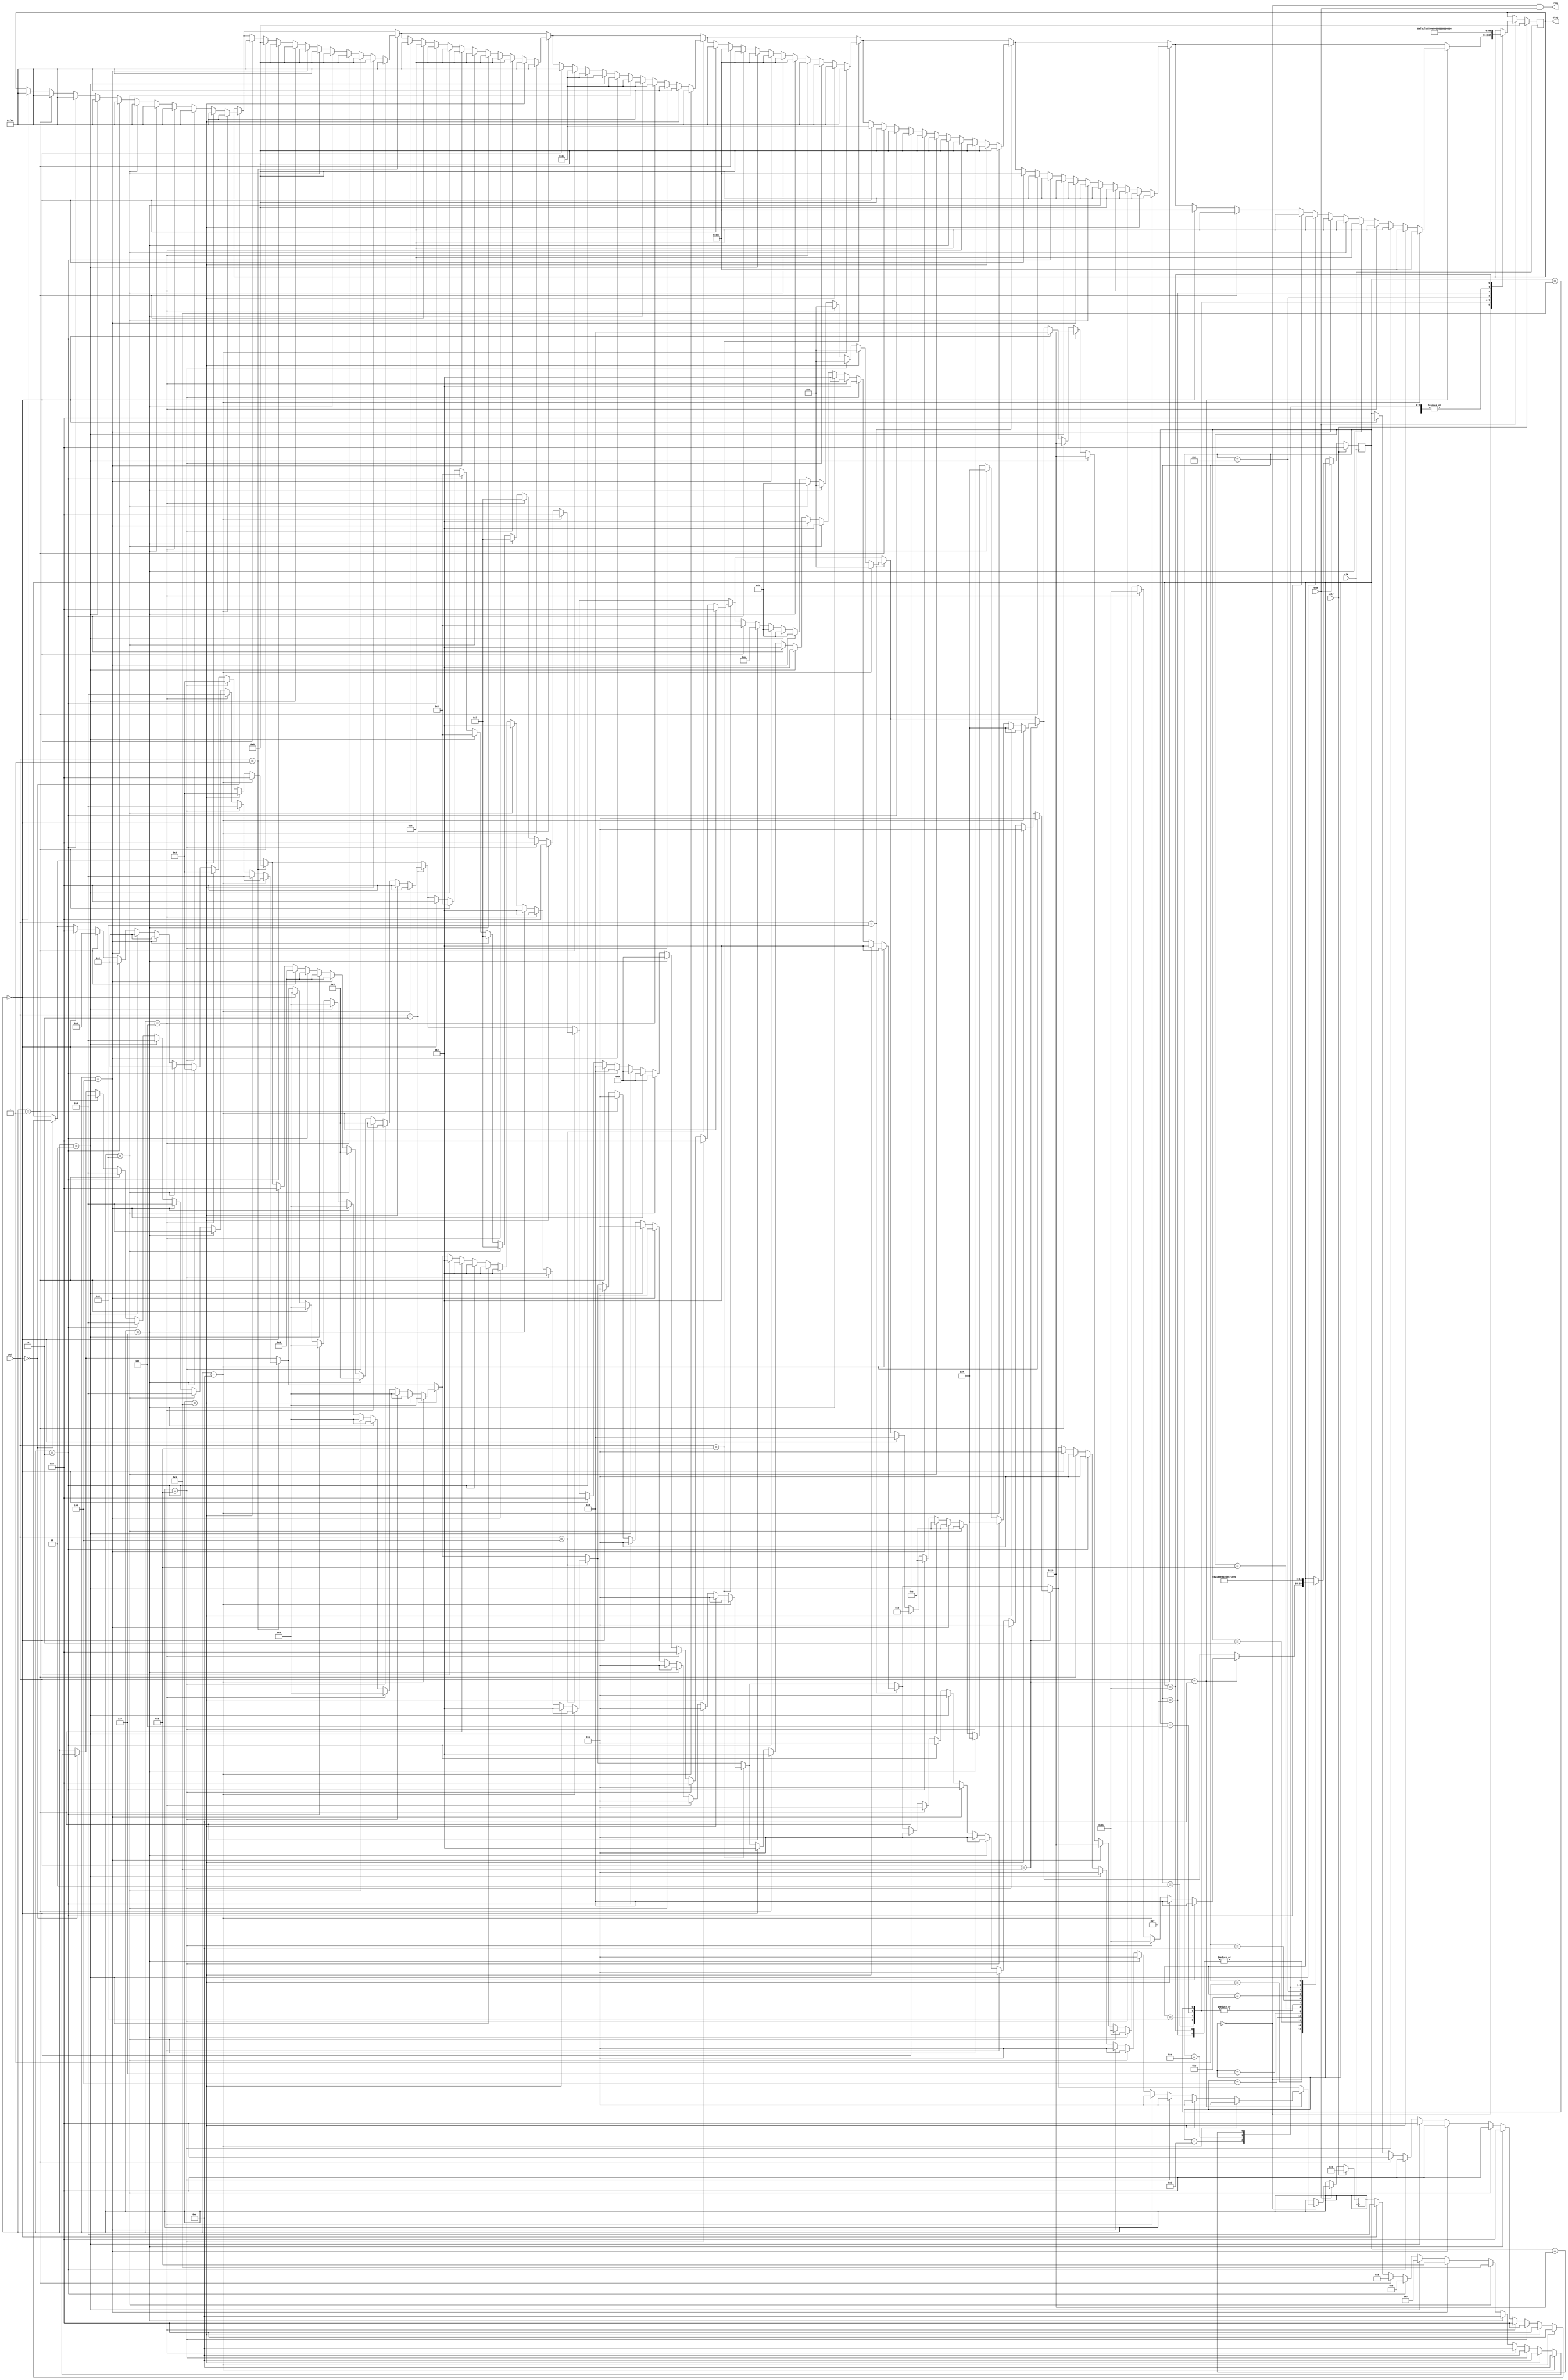
// (C) 2001-2016 Altera Corporation. All rights reserved.
// Your use of Altera Corporation's design tools, logic functions and other 
// software and tools, and its AMPP partner logic functions, and any output 
// files any of the foregoing (including device programming or simulation 
// files), and any associated documentation or information are expressly subject 
// to the terms and conditions of the Altera Program License Subscription 
// Agreement, Altera MegaCore Function License Agreement, or other applicable 
// license agreement, including, without limitation, that your use is for the 
// sole purpose of programming logic devices manufactured by Altera and sold by 
// Altera or its authorized distributors.  Please refer to the applicable 
// agreement for further details.


// $Id: $
// $Revision: $
// $Date: $
// $Author: $
//-----------------------------------------------------------------------------

// Copyright 2012 Altera Corporation. All rights reserved.  
// Altera products are protected under numerous U.S. and foreign patents, 
// maskwork rights, copyrights and other intellectual property laws.  
//
// This reference design file, and your use thereof, is subject to and governed
// by the terms and conditions of the applicable Altera Reference Design 
// License Agreement (either as signed by you or found at www.altera.com).  By
// using this reference design file, you indicate your acceptance of such terms
// and conditions between you and Altera Corporation.  In the event that you do
// not agree with such terms and conditions, you may not use the reference 
// design file and please promptly destroy any copies you have made.
//
// This reference design file is being provided on an "as-is" basis and as an 
// accommodation and therefore all warranties, representations or guarantees of 
// any kind (whether express, implied or statutory) including, without 
// limitation, warranties of merchantability, non-infringement, or fitness for
// a particular purpose, are specifically disclaimed.  By making this reference
// design file available, Altera expressly does not recommend, suggest or 
// require that this reference design file be used in combination with any 
// other product not provided by Altera.
/////////////////////////////////////////////////////////////////////////////

`timescale 1ps / 1ps
// baeckler - 09-25-2012

// insert holes into the data stream as necessary to separate SOPs
// by at least 10 words, to make room for 8 word packet, 1 gap, 1 preamble 

// data tags only appear in their corresponding position, and should cycle
// 32103210... with holes when working properly

module ectrl_frac_4 (
	input clk,
	input sclr,
        input ena,
	output req,
	input [3:0] pat,
	output reg [4*3-1:0] otag // 111,110,101,100 data   000 hole
);

localparam s_base = 5'h0,
    s_g_g_0123 = 5'h1,
    s_g_0123 = 5'h2,
    s_0123 = 5'h3,
    s_g_g123 = 5'h4,
    s_g123 = 5'h5,
    s_g_g23 = 5'h6,
    s_g23 = 5'h7,
    s_g_g3 = 5'h8,
    s_g3 = 5'h9,
    s_g_g_01g_g_g23 = 5'ha,
    s_g_01g_g_g23 = 5'hb,
    s_01g_g_g23 = 5'hc,
    s_g_g_012g_g_g3 = 5'hd,
    s_g_012g_g_g3 = 5'he,
    s_012g_g_g3 = 5'hf,
    s_g_g12g_g_g3 = 5'h10,
    s_g12g_g_g3 = 5'h11;

localparam 
	o_0123 = 12'b111_110_101_100,
	o_g = 12'b000_000_000_000,
	o_0g = 12'b000_000_000_100,
	o_01g = 12'b000_000_101_100,
	o_012g = 12'b000_110_101_100,
	o_g123 = 12'b111_110_101_000,
	o_g23 = 12'b111_110_000_000,
	o_g3 = 12'b111_000_000_000,
	o_g12g = 12'b000_110_101_000;	
	
initial otag = o_g;
	
reg [3:0] hist = 0;
reg [4:0] st = s_base;

always @(posedge clk) begin
	if (sclr) begin
		hist <= 4'h0; 
		st <= s_base;
		otag <= o_g;
	end
	else begin
           if (ena) begin
		case (st)
			s_base : begin

				if (pat == 4'h0) begin
					if (hist == 4'h0) begin otag <= o_0123; st <= s_base; hist <= 4'h4; end
					if (hist == 4'h1) begin otag <= o_0123; st <= s_base; hist <= 4'h5; end
					if (hist == 4'h2) begin otag <= o_0123; st <= s_base; hist <= 4'h6; end
					if (hist == 4'h3) begin otag <= o_0123; st <= s_base; hist <= 4'h7; end
					if (hist == 4'h4) begin otag <= o_0123; st <= s_base; hist <= 4'h8; end
					if (hist == 4'h5) begin otag <= o_0123; st <= s_base; hist <= 4'h9; end
					if (hist == 4'h6) begin otag <= o_0123; st <= s_base; hist <= 4'ha; end
					if (hist == 4'h7) begin otag <= o_0123; st <= s_base; hist <= 4'ha; end
					if (hist == 4'h8) begin otag <= o_0123; st <= s_base; hist <= 4'ha; end
					if (hist == 4'h9) begin otag <= o_0123; st <= s_base; hist <= 4'ha; end
					if (hist == 4'ha) begin otag <= o_0123; st <= s_base; hist <= 4'ha; end
				end

				if (pat == 4'h1) begin
					if (hist == 4'h0) begin otag <= o_0123; st <= s_base; hist <= 4'h4; end
					if (hist == 4'h1) begin otag <= o_g; st <= s_g_g_0123; hist <= 4'h4; end
					if (hist == 4'h2) begin otag <= o_g; st <= s_g_0123; hist <= 4'h4; end
					if (hist == 4'h3) begin otag <= o_g; st <= s_g_0123; hist <= 4'h4; end
					if (hist == 4'h4) begin otag <= o_g; st <= s_g_0123; hist <= 4'h4; end
					if (hist == 4'h5) begin otag <= o_g; st <= s_g_0123; hist <= 4'h4; end
					if (hist == 4'h6) begin otag <= o_g; st <= s_0123; hist <= 4'h4; end
					if (hist == 4'h7) begin otag <= o_g; st <= s_0123; hist <= 4'h4; end
					if (hist == 4'h8) begin otag <= o_g; st <= s_0123; hist <= 4'h4; end
					if (hist == 4'h9) begin otag <= o_g; st <= s_0123; hist <= 4'h4; end
					if (hist == 4'ha) begin otag <= o_0123; st <= s_base; hist <= 4'h4; end
				end

				if (pat == 4'h2) begin
					if (hist == 4'h0) begin otag <= o_0123; st <= s_base; hist <= 4'h3; end
					if (hist == 4'h1) begin otag <= o_0g; st <= s_g_g123; hist <= 4'h3; end
					if (hist == 4'h2) begin otag <= o_0g; st <= s_g_g123; hist <= 4'h3; end
					if (hist == 4'h3) begin otag <= o_0g; st <= s_g_g123; hist <= 4'h3; end
					if (hist == 4'h4) begin otag <= o_0g; st <= s_g_g123; hist <= 4'h3; end
					if (hist == 4'h5) begin otag <= o_0g; st <= s_g123; hist <= 4'h3; end
					if (hist == 4'h6) begin otag <= o_0g; st <= s_g123; hist <= 4'h3; end
					if (hist == 4'h7) begin otag <= o_0g; st <= s_g123; hist <= 4'h3; end
					if (hist == 4'h8) begin otag <= o_0g; st <= s_g123; hist <= 4'h3; end
					if (hist == 4'h9) begin otag <= o_0123; st <= s_base; hist <= 4'h3; end
					if (hist == 4'ha) begin otag <= o_0123; st <= s_base; hist <= 4'h3; end
				end

				if (pat == 4'h4) begin
					if (hist == 4'h0) begin otag <= o_0123; st <= s_base; hist <= 4'h2; end
					if (hist == 4'h1) begin otag <= o_01g; st <= s_g_g23; hist <= 4'h2; end
					if (hist == 4'h2) begin otag <= o_01g; st <= s_g_g23; hist <= 4'h2; end
					if (hist == 4'h3) begin otag <= o_01g; st <= s_g_g23; hist <= 4'h2; end
					if (hist == 4'h4) begin otag <= o_01g; st <= s_g23; hist <= 4'h2; end
					if (hist == 4'h5) begin otag <= o_01g; st <= s_g23; hist <= 4'h2; end
					if (hist == 4'h6) begin otag <= o_01g; st <= s_g23; hist <= 4'h2; end
					if (hist == 4'h7) begin otag <= o_01g; st <= s_g23; hist <= 4'h2; end
					if (hist == 4'h8) begin otag <= o_0123; st <= s_base; hist <= 4'h2; end
					if (hist == 4'h9) begin otag <= o_0123; st <= s_base; hist <= 4'h2; end
					if (hist == 4'ha) begin otag <= o_0123; st <= s_base; hist <= 4'h2; end
				end

				if (pat == 4'h8) begin
					if (hist == 4'h0) begin otag <= o_0123; st <= s_base; hist <= 4'h1; end
					if (hist == 4'h1) begin otag <= o_012g; st <= s_g_g3; hist <= 4'h1; end
					if (hist == 4'h2) begin otag <= o_012g; st <= s_g_g3; hist <= 4'h1; end
					if (hist == 4'h3) begin otag <= o_012g; st <= s_g3; hist <= 4'h1; end
					if (hist == 4'h4) begin otag <= o_012g; st <= s_g3; hist <= 4'h1; end
					if (hist == 4'h5) begin otag <= o_012g; st <= s_g3; hist <= 4'h1; end
					if (hist == 4'h6) begin otag <= o_012g; st <= s_g3; hist <= 4'h1; end
					if (hist == 4'h7) begin otag <= o_0123; st <= s_base; hist <= 4'h1; end
					if (hist == 4'h8) begin otag <= o_0123; st <= s_base; hist <= 4'h1; end
					if (hist == 4'h9) begin otag <= o_0123; st <= s_base; hist <= 4'h1; end
					if (hist == 4'ha) begin otag <= o_0123; st <= s_base; hist <= 4'h1; end
				end

				if (pat == 4'h5) begin
					if (hist == 4'h0) begin otag <= o_01g; st <= s_g_g23; hist <= 4'h2; end
					if (hist == 4'h1) begin otag <= o_g; st <= s_g_g_01g_g_g23; hist <= 4'h2; end
					if (hist == 4'h2) begin otag <= o_g; st <= s_g_01g_g_g23; hist <= 4'h2; end
					if (hist == 4'h3) begin otag <= o_g; st <= s_g_01g_g_g23; hist <= 4'h2; end
					if (hist == 4'h4) begin otag <= o_g; st <= s_g_01g_g_g23; hist <= 4'h2; end
					if (hist == 4'h5) begin otag <= o_g; st <= s_g_01g_g_g23; hist <= 4'h2; end
					if (hist == 4'h6) begin otag <= o_g; st <= s_01g_g_g23; hist <= 4'h2; end
					if (hist == 4'h7) begin otag <= o_g; st <= s_01g_g_g23; hist <= 4'h2; end
					if (hist == 4'h8) begin otag <= o_g; st <= s_01g_g_g23; hist <= 4'h2; end
					if (hist == 4'h9) begin otag <= o_g; st <= s_01g_g_g23; hist <= 4'h2; end
					if (hist == 4'ha) begin otag <= o_g; st <= s_01g_g_g23; hist <= 4'h2; end
				end

				if (pat == 4'h9) begin
					if (hist == 4'h0) begin otag <= o_012g; st <= s_g_g3; hist <= 4'h1; end
					if (hist == 4'h1) begin otag <= o_g; st <= s_g_g_012g_g_g3; hist <= 4'h1; end
					if (hist == 4'h2) begin otag <= o_g; st <= s_g_012g_g_g3; hist <= 4'h1; end
					if (hist == 4'h3) begin otag <= o_g; st <= s_g_012g_g_g3; hist <= 4'h1; end
					if (hist == 4'h4) begin otag <= o_g; st <= s_g_012g_g_g3; hist <= 4'h1; end
					if (hist == 4'h5) begin otag <= o_g; st <= s_g_012g_g_g3; hist <= 4'h1; end
					if (hist == 4'h6) begin otag <= o_g; st <= s_012g_g_g3; hist <= 4'h1; end
					if (hist == 4'h7) begin otag <= o_g; st <= s_012g_g_g3; hist <= 4'h1; end
					if (hist == 4'h8) begin otag <= o_g; st <= s_012g_g_g3; hist <= 4'h1; end
					if (hist == 4'h9) begin otag <= o_g; st <= s_012g_g_g3; hist <= 4'h1; end
					if (hist == 4'ha) begin otag <= o_g; st <= s_012g_g_g3; hist <= 4'h1; end
				end

				if (pat == 4'ha) begin
					if (hist == 4'h0) begin otag <= o_012g; st <= s_g_g3; hist <= 4'h1; end
					if (hist == 4'h1) begin otag <= o_0g; st <= s_g_g12g_g_g3; hist <= 4'h1; end
					if (hist == 4'h2) begin otag <= o_0g; st <= s_g_g12g_g_g3; hist <= 4'h1; end
					if (hist == 4'h3) begin otag <= o_0g; st <= s_g_g12g_g_g3; hist <= 4'h1; end
					if (hist == 4'h4) begin otag <= o_0g; st <= s_g_g12g_g_g3; hist <= 4'h1; end
					if (hist == 4'h5) begin otag <= o_0g; st <= s_g12g_g_g3; hist <= 4'h1; end
					if (hist == 4'h6) begin otag <= o_0g; st <= s_g12g_g_g3; hist <= 4'h1; end
					if (hist == 4'h7) begin otag <= o_0g; st <= s_g12g_g_g3; hist <= 4'h1; end
					if (hist == 4'h8) begin otag <= o_0g; st <= s_g12g_g_g3; hist <= 4'h1; end
					if (hist == 4'h9) begin otag <= o_012g; st <= s_g_g3; hist <= 4'h1; end
					if (hist == 4'ha) begin otag <= o_012g; st <= s_g_g3; hist <= 4'h1; end
				end
			end
			s_g_g_0123 :        begin  otag <= o_g; st <= s_g_0123; end
			s_g_0123 :          begin  otag <= o_g; st <= s_0123; end
			s_0123 :            begin  otag <= o_0123; st <= s_base; end
			s_g_g123 :          begin  otag <= o_g; st <= s_g123; end
			s_g123 :            begin  otag <= o_g123; st <= s_base; end
			s_g_g23 :           begin  otag <= o_g; st <= s_g23; end
			s_g23 :             begin  otag <= o_g23; st <= s_base; end
			s_g_g3 :            begin  otag <= o_g; st <= s_g3; end
			s_g3 :              begin  otag <= o_g3; st <= s_base; end
			s_g_g_01g_g_g23 :   begin  otag <= o_g; st <= s_g_01g_g_g23; end
			s_g_01g_g_g23 :     begin  otag <= o_g; st <= s_01g_g_g23; end
			s_01g_g_g23 :       begin  otag <= o_01g; st <= s_g_g23; end
			s_g_g_012g_g_g3 :   begin  otag <= o_g; st <= s_g_012g_g_g3; end
			s_g_012g_g_g3 :     begin  otag <= o_g; st <= s_012g_g_g3; end
			s_012g_g_g3 :       begin  otag <= o_012g; st <= s_g_g3; end
			s_g_g12g_g_g3 :     begin  otag <= o_g; st <= s_g12g_g_g3; end
			s_g12g_g_g3 :       begin  otag <= o_g12g; st <= s_g_g3; end
		endcase
		end
           end
end

assign req = (st == s_base) && ena;

endmodule

// BENCHMARK INFO :  5SGXEA7N2F45C2
// BENCHMARK INFO :  Max depth :  4.0 LUTs
// BENCHMARK INFO :  Total registers : 33
// BENCHMARK INFO :  Total pins : 20
// BENCHMARK INFO :  Total virtual pins : 0
// BENCHMARK INFO :  Total block memory bits : 0
// BENCHMARK INFO :  Comb ALUTs :                         ; 82              ;       ;
// BENCHMARK INFO :  ALMs : 49 / 234,720 ( < 1 % )
// BENCHMARK INFO :  Worst setup path @ 468.75MHz : 0.770 ns, From hist.0010, To otag[7]~reg0}
// BENCHMARK INFO :  Worst setup path @ 468.75MHz : 0.805 ns, From hist.0001, To otag[7]~reg0}
// BENCHMARK INFO :  Worst setup path @ 468.75MHz : 0.789 ns, From hist.0001, To otag[7]~reg0}